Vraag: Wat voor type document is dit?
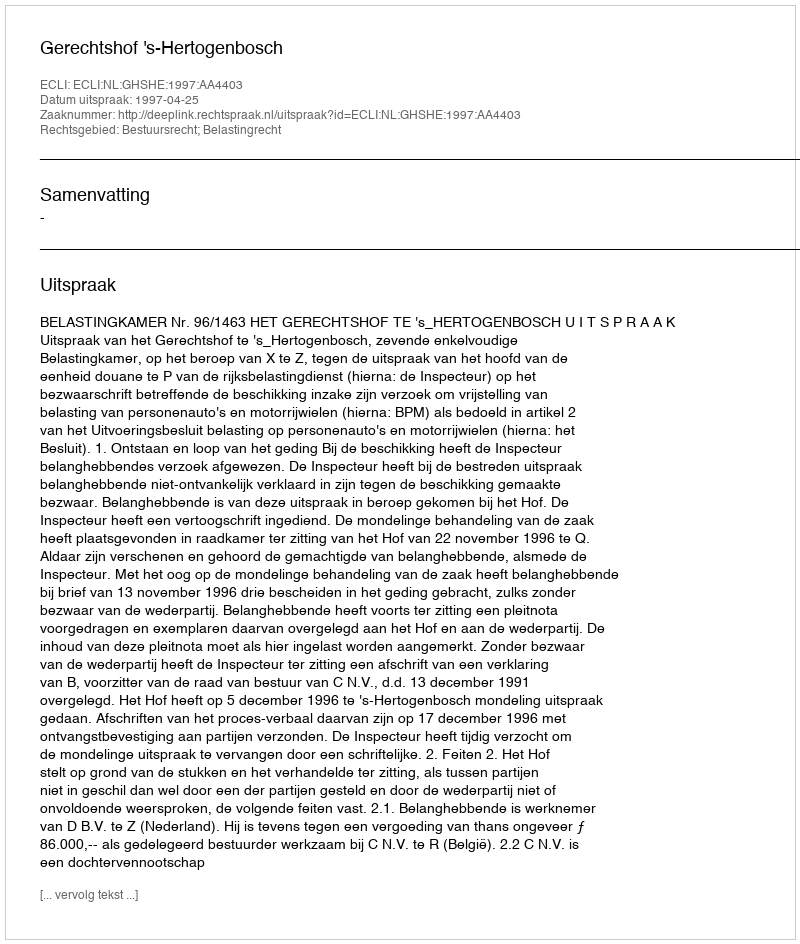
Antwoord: Uitspraak